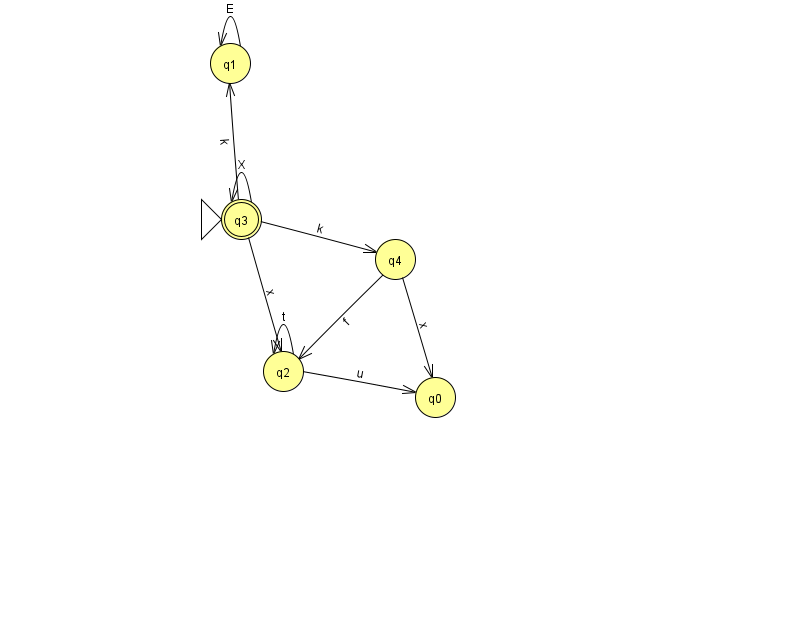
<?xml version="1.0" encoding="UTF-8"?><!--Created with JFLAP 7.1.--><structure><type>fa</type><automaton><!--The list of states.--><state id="0" name="q0"><x>435.0</x><y>384.0</y></state><state id="1" name="q1"><x>230.0</x><y>50.0</y></state><state id="2" name="q2"><x>283.0</x><y>358.0</y></state><state id="3" name="q3"><x>241.0</x><y>206.0</y><initial/><final/></state><state id="4" name="q4"><x>395.0</x><y>246.0</y></state><!--The list of transitions.--><transition><from>2</from><to>0</to><read>u</read></transition><transition><from>2</from><to>2</to><read>t</read></transition><transition><from>4</from><to>0</to><read>x</read></transition><transition><from>1</from><to>1</to><read>E</read></transition><transition><from>3</from><to>2</to><read>x</read></transition><transition><from>3</from><to>3</to><read>X</read></transition><transition><from>3</from><to>1</to><read>k</read></transition><transition><from>3</from><to>4</to><read>k</read></transition><transition><from>4</from><to>2</to><read>f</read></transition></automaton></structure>